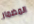
المضمار